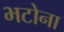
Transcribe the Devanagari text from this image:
भटोना